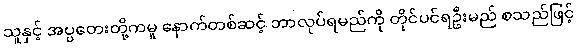
သူနှင့် အပ္ပတေးတို့ကမူ နောက်တစ်ဆင့် ဘာလုပ်ရမည်ကို တိုင်ပင်ရဦးမည် စသည်ဖြင့်